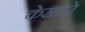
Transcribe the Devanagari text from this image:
केसलरे